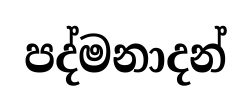
පද්මනාදන්